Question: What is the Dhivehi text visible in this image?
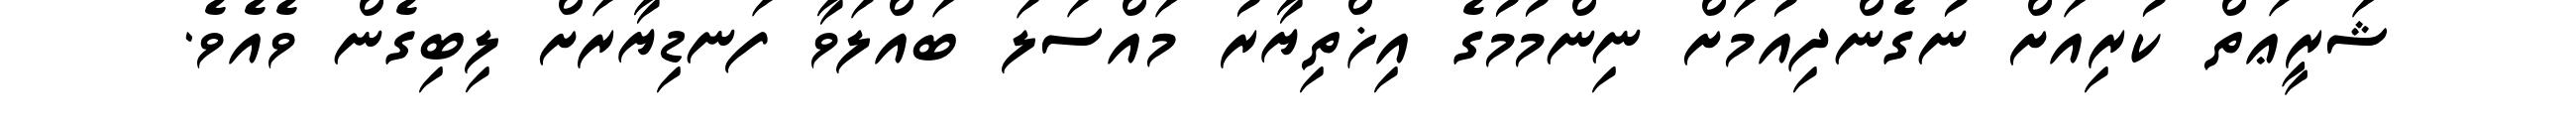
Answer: ޝަރީޢަތް ކުރިއަށް ނުގެންދިއުމަށް ނިންމުމުގެ އިޚްތިޔާރު މައްސަލަ ބައްލަވާ ފަނޑިޔާރަށް ލިބިގެން ވެއެވެ.